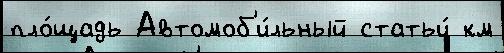
пло́щадь Автомоб'и́льный статьи́ км